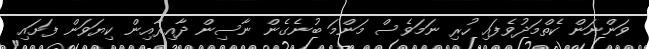
ވަންނަން ކެތްމަދުވެފައި ހުރި ނަމަވެސް މަންމަ ބުނެގެން ނާސިން ދާއިރާއިން ކިޔަވަން ފަށައި